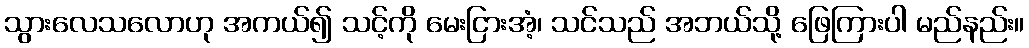
သွားလေသလောဟု အကယ်၍ သင့်ကို မေးငြားအံ့၊ သင်သည် အဘယ်သို့ ဖြေကြားပါ မည်နည်း။